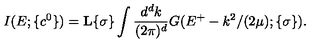
I ( E ; \{ c ^ { 0 } \} ) = { \bf L } { \{ \sigma \} } \int \displaystyle \frac { d ^ { d } k } { ( 2 \pi ) ^ { d } } G ( E ^ { + } - k ^ { 2 } / ( 2 \mu ) ; \{ \sigma \} ) .